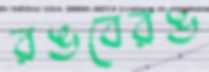
রঙবেরঙ